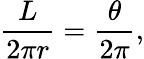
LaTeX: {\frac{L}{2\pi r}}={\frac{\theta}{2\pi}},